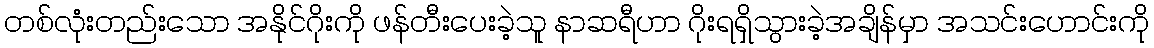
တစ်လုံးတည်းသော အနိုင်ဂိုးကို ဖန်တီးပေးခဲ့သူ နာဆရီဟာ ဂိုးရရှိသွားခဲ့အချိန်မှာ အသင်းဟောင်းကို